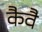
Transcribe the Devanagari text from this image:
कैवै